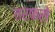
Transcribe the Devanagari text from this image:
तरफसे